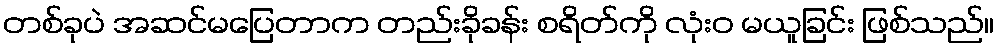
တစ်ခုပဲ အဆင်မပြေတာက တည်းခိုခန်း စရိတ်ကို လုံးဝ မယူခြင်း ဖြစ်သည်။